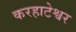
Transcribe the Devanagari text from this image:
करहाटेश्वर